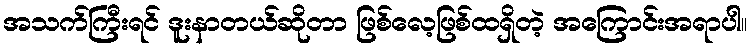
အသက်ကြီးရင် ဒူးနာတယ်ဆိုတာ ဖြစ်လေ့ဖြစ်ထရှိတဲ့ အကြောင်းအရာပါ။